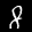
Label: 8